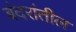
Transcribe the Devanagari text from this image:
बंदरांतील